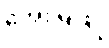
အေးမြဖြူ